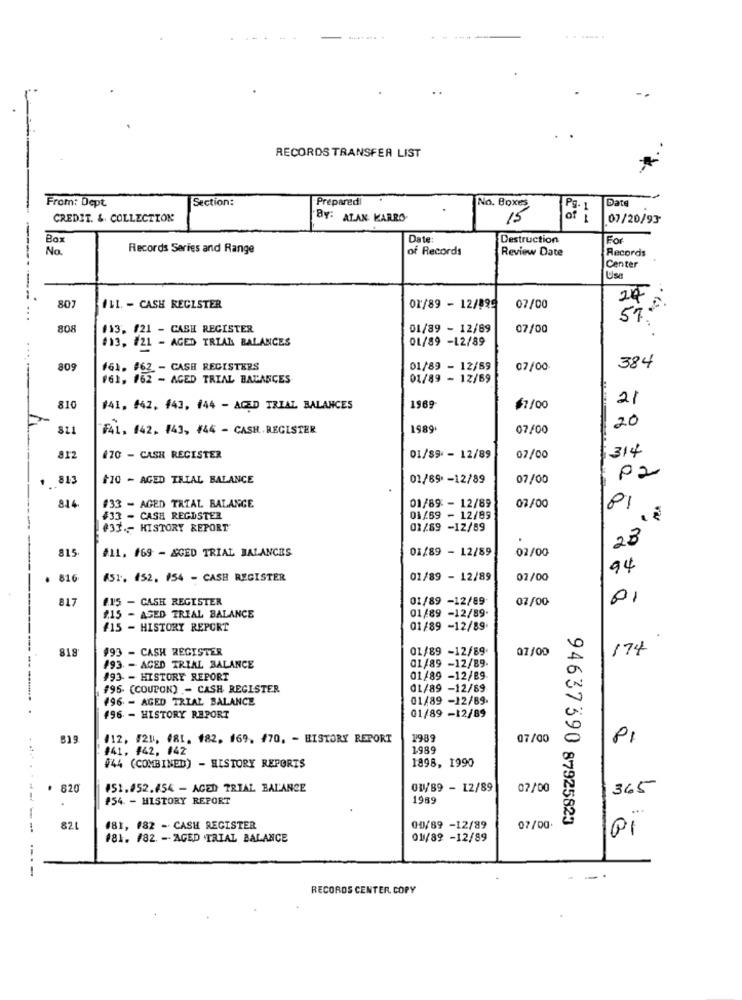
RECORDS TRANSFER LIST
From: Dept.
Section:
Preparedi
No. Boxes
Date
Pg. 1
CREDIT. & COLLECTION
BY: ATAN KARRO
15
of
07/20/93
Box
Date
Destruction
For
No.
Records Series and Range
of Records
Review Date
Records
Center
Use
------.
24:
807
411. - CASH REGISTER
01/89 - 12/899
07/00
....
57.
808
#13. #21 - CASH REGISTER
01/89 - 12/69
07/00
#13, #21 - AGED TRIAL BALANCES
01/89 -12/89
809
#61. #62 - CASH REGISTERS
01/89 - 12/59
07/00
384
...-
#61, #62 - AGED TRIAL BALANCES
01/89 - 12/69
21
810
#41, 442, f43, 444 - AGED TRIAL BALANCES
1969
$7/00
20
811
F41.442.743, #44 - CASH. REGISTER
1989.
07/00
314
812
170 - CASH REGISTER
01/89 - 12/89
07/00
813
+70 - AGED TRIAL BALANCE
01/89 -12/89
07/00
pz
814
#33 - AGED TRIAL BALANCE
01/89 - 12/89
07/00
#33 - CASH REGISTER
01/69 - 12/89
81 2
#33 .- HISTORY REPORT
01/89 -12/89
23
815
01/89 - 12/89
02/00
#11. #69 - &GED TRIAL BALANCES
94
. 816
AS1. 452. #54 - CASH REGISTER
01/89 - 12/89
02/00
817
£15 - CASH REGISTER
01/89 -12/89
07/00
01
#15 - AGED TRIAL BALANCE
01/89 -12/89.
#15 - HISTORY REPORT
01/89 -12/89
818
#93 - CASH REGISTER
01/89 -12/89
07/00
174
01/89 -12/89
#93. - AGED TRIAL BALANCE
#93 - HISTORY REPORT
01/89 -12/89
#95- (COUPON) - CASH REGISTER
01/89 -12/89
496 - AGED TRIAL BALANCE
01/89 -12/89.
01/89 -12/89
#96 - HISTORY REPORT
412, #21, #81. 182. 169. 470, - HISTORY REPORT
1989
07/00
PI
#41, 442, #42
1989
1898, 1990
#44 (COMBINED) - HISTORY REPORTS
· 820
451.452.454 - AGED TRIAL BALANCE
01/89 - 12/89
07/00
365
#54 - HISTORY REPORT
1989
94637590 87925823
82L
181, #82 - CASH REGISTER
00/89 -12/89
07/00
181. #82. - AGED .TRIAL BALANCE
01/89 -12/89
PI
-
RECORDS CENTER. COPY